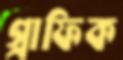
গ্রাফিক